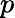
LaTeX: \mathcal{p}